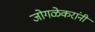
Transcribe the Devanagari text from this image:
जोगळेकरांनी